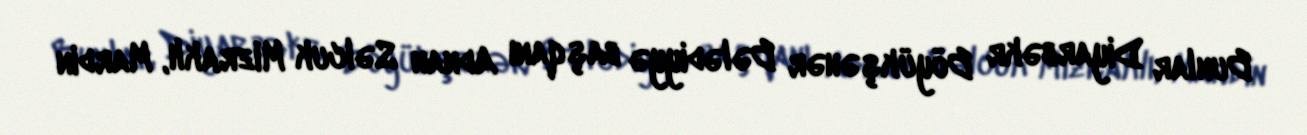
Bunlar Diyarbəkr Böyükşəhər Bələdiyyə başqanı Adnan Səlcuk Mizraklı, Mardin